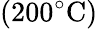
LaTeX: (200^{\circ}\mathrm{C})